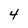
Character: 4